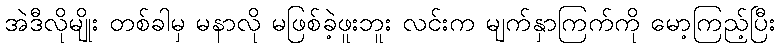
အဲဒီလိုမျိုး တစ်ခါမှ မနာလို မဖြစ်ခဲ့ဖူးဘူး လင်းက မျက်နှာကြက်ကို မော့ကြည့်ပြီး